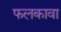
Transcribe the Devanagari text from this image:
फलकावा